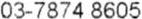
03-7874 8605